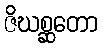
ဇိဃစ္ဆတော